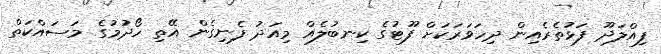
ފިއްލަދޫ ފަޅުތެރެއިން ދިހަވަރަކަށް ފޫޓުގެ ކިނބުލެއް މިއަދު ފެނިގެން އޭތި ހޯދުމުގެ މަސައްކަތް